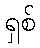
ရှစ်